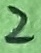
Text: 2